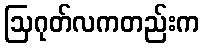
ဩဂုတ်လကတည်းက